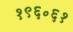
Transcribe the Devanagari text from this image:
१९६॰६१